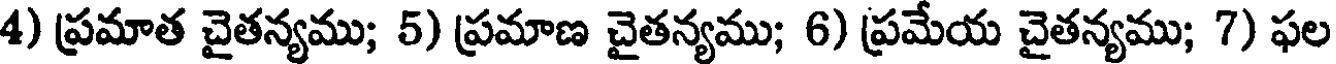
4) ప్రమాత చైతన్యము; 5) ప్రమాణ చైతన్యము; 6) ప్రమేయ చైతన్యము; 7) ఫల